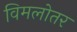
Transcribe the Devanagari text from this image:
विमलोतर